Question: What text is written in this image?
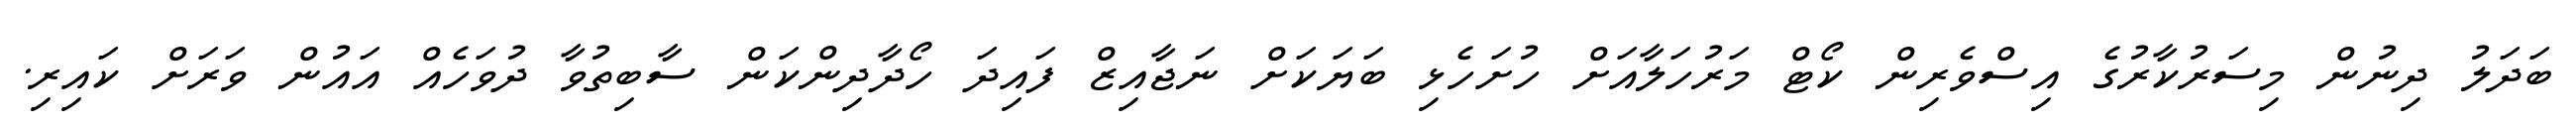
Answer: ބަދަލު ދިނުން މިސަރުކާރުގެ އިސްވެރިން ކޯޓް މަރުހަލާއަށް ހުށަހެޅި ބަޔަކަށް ނަޖާއިޒް ފައިދަ ހޯދާދިންކަން ސާބިތުވާ ދުވަހެއް އައުން ވަރަށް ކައިރި.